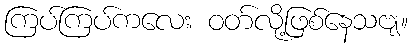
ကြပ်ကြပ်ကလေး ဝတ်လို့ဖြစ်နေသဗျ။